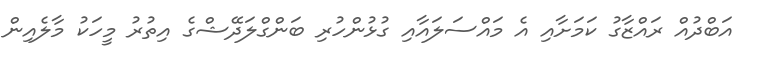
އަބްދުއް ރައްޒާގު ކަމަށާއި އެ މައްސަލައާއި ގުޅުންހުރި ބަންގްލަދޭޝްގެ އިތުރު މީހަކު މާލެއިން